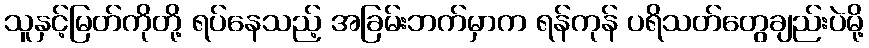
သူနှင့်မြတ်ကိုတို့ ရပ်နေသည့် အခြမ်းဘက်မှာက ရန်ကုန် ပရိသတ်တွေချည်းပဲမို့